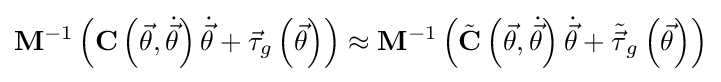
\mathbf {M} ^{-1}\left(\mathbf {C} \left({\vec {\theta }},{\dot {\vec {\theta }}}\right){\dot {\vec {\theta }}}+{\vec {\tau }}_{g}\left({\vec {\theta }}\right)\right)\approx \mathbf {M} ^{-1}\left({\tilde {\mathbf {C} }}\left({\vec {\theta }},{\dot {\vec {\theta }}}\right){\dot {\vec {\theta }}}+{\tilde {\vec {\tau }}}_{g}\left({\vec {\theta }}\right)\right)